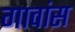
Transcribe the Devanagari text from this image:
गावांस